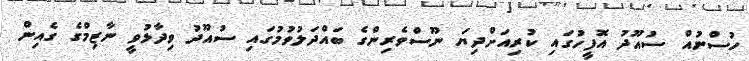
ހުސްނުއް ސުއޫދު އޮފީހުގައި ކުރިއަށްދިޔަ ނޫސްވެރިންގެ ބައްދަލުވުމުގައި ސުއޫދު ވިދާޅުވީ ނާޒިމްގެ ގެއިން